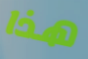
هذا